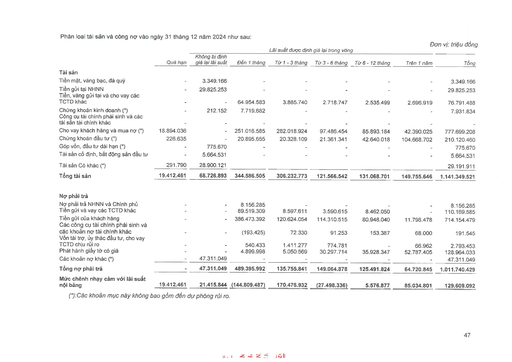
|||||Lãi suất được định|giá lại trong vòng|||| |---|---|---|---|---|---|---|---|---| ||Quá hạn|Không bị định giá lại lãi suất|Đến 1 tháng|Từ 1-3 tháng|Tiếp 3-6 tháng|Từ 6-12 tháng|Trên 1 năm|Tổng| |Tài sản||||||||| |Tiền mặt, vàng bạc, đá quý|-|3.349.166|-|-|-|-|-|3.349.166| |Tiền gửi tại NHNN|-|29.825.253|-|-|-|-|-|29.825.253| |Tiền, vàng gửi tại và cho vay các TCTD khác|-|-|64.954.583|3.885.740|2.718.747|2.535.499|2.696.919|76.791.488| |Chứng khoán kinh doanh (*)|-|212.152|7.719.682|-|-|-|-|7.931.834| |Công cụ tài chính phái sinh và các tài sản tài chính khác|-|-|-|-|-|-|-|| |Cho vay khách hàng và mua nợ (*)|18.894.036|-|251.016.585|282.018.924|97.486.454|85.893.184|42.390.025|777.699.208| |Chứng khoán đầu tư (*)|226.635|-|20.895.655|20.328.109|21.361.341|42.640.018|104.668.702|210.120.460| |Góp vốn, đầu tư dài hạn (*)|-|775.670|-|-|-|-|-|775.670| |Tài sản cố định, bất động sản đầu tư|-|5.664.531||-|-|-|-|5.664.531| |Tài sản có khác (*)|291.790|28.900.121||||||29.191.911| |Tổng tài sản|19.412.461|68.726.893|344.586.505|306.232.773|121.566.542|131.068.701|149.755.646|1.141.349.521| |Nợ phải trả||||||||| |Nợ phải trả NHNN và Chính phủ|-|-|8.156.285|-|-|-|-|8.156.285| |Tiền gửi và vay các TCTD khác|-|-|89.519.309|8.597.611|3.590.615|8.462.050|-|110.169.585| |Tiền gửi của khách hàng|-|-|386.473.392|120.624.054|114.310.515|80.948.040|11.798.478|714.154.479| |Các công cụ tài chính phái sinh và các khoản nợ tài chính khác|-|-|(193.425)|72.330|91.253|153.387|68.000|191.545| |Vốn tài trợ, ủy thác đầu tư, cho vay TCTD chịu rủi ro|-|-|540.433|1.411.277|774.781|-|66.962|2.793.453| |Phát hành giấy tờ có giá|-|-|4.899.998|5.050.569|30.297.714|35.928.347|52.787.405|128.964.033| |Các khoản nợ khác (*)|-|47.311.049|-|-|-|-|-|47.311.049| |Tổng nợ phải trả|-|47.311.049|489.395.992|135.755.841|149.064.878|125.491.824|64.720.845|1.011.740.429| |MỨC chênh nhạy cảm với lãi suất nội bảng|19.412.461|21.415.844|(144.809.487)|170.476.932|(27.498.336)|5.576.877|85.034.801|129.609.092|